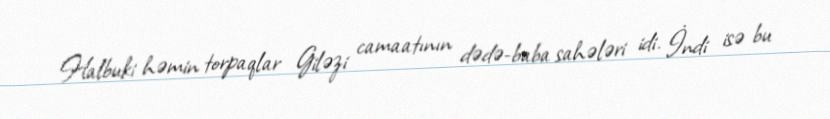
Halbuki həmin torpaqlar Giləzi camaatının dədə-baba sahələri idi. İndi isə bu